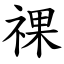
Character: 祼